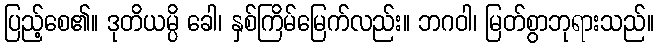
ပြည့်စေ၏။ ဒုတိယမ္ပိ ခေါ၊ နှစ်ကြိမ်မြေက်လည်း။ ဘဂဝါ၊ မြတ်စွာဘုရားသည်။